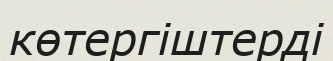
көтергіштерді